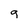
Character: g